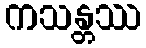
ကသန္တဿ